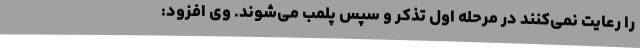
را رعایت نمی‌کنند در مرحله اول تذکر و سپس پلمب می‌شوند. وی افزود: